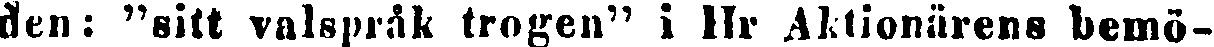
den: "sitt valspråk trogen" i Hr Aktionärens bemö-